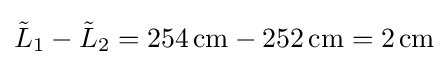
{\tilde {L}}_{1}-{\tilde {L}}_{2}=254\,{\text{cm}}-252\,{\text{cm}}=2\,{\text{cm}}